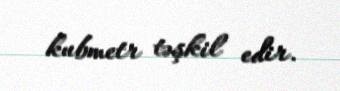
kubmetr təşkil edir.